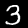
Label: 3